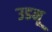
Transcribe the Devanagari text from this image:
उडनू